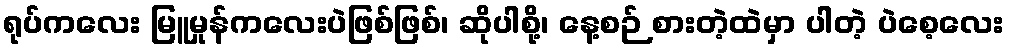
ရုပ်ကလေး မြူမှုန်ကလေးပဲဖြစ်ဖြစ်၊ ဆိုပါစို့၊ နေ့စဉ် စားတဲ့ထဲမှာ ပါတဲ့ ပဲစေ့လေး